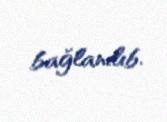
bağlanılıb.